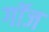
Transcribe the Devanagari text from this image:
गॉज